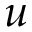
u